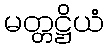
မတ္တဋ္ဌိယံ